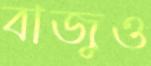
বাজুও